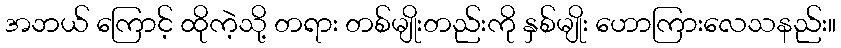
အဘယ် ကြောင့် ထိုကဲ့သို့ တရား တစ်မျိုးတည်းကို နှစ်မျိုး ဟောကြားလေသနည်း။